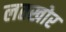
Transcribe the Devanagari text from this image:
लतखोर